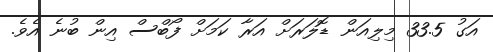
އަގު 33.5 މިލިއަން ޑޮލަރަށް އަރާ ކަމަށް ފޯބްސް އިން ބުނެ އެވެ.